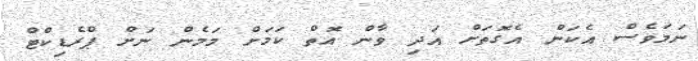
ނަމަވެސް އެކަން އެގޮތަށް އަދި ވާން އޮތް ކަމަށް މަމެން ނަށް ޕްރެޑިކްޓް